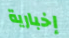
إخبارية